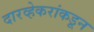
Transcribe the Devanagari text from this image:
दारव्हेकरांकडून